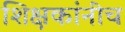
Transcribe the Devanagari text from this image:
शिक्षकांनीच